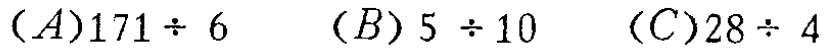
$(A)171\div 6\quad (B)5\div 10\quad (C)28\div 4$